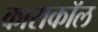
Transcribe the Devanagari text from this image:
काराकॉल